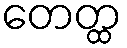
တေတ္ထ